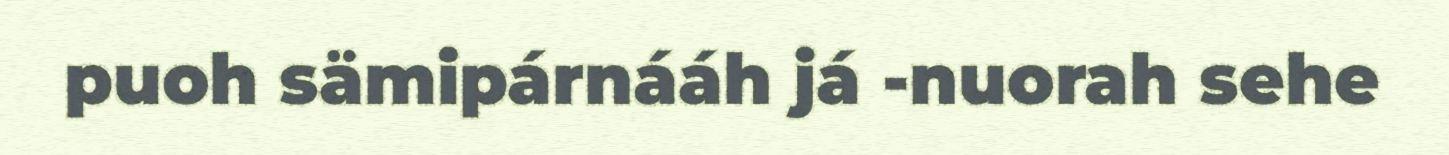
puoh sämipárnááh já -nuorah sehe